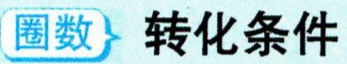
圈数 \(\rightarrow\) 转化条件